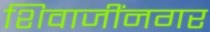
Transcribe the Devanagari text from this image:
शिवाजींनगर